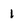
Character: 1